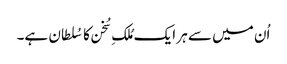
اُن میں سے ہر ایک مُلکِ سُخن کا سُلطان ہے۔